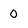
Character: 0